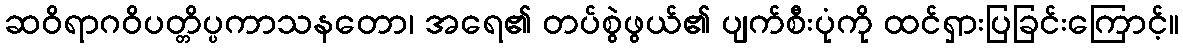
ဆဝိရာဂဝိပတ္တိပ္ပကာသနတော၊ အရေ၏ တပ်စွဲဖွယ်၏ ပျက်စီးပုံကို ထင်ရှားပြခြင်းကြောင့်။